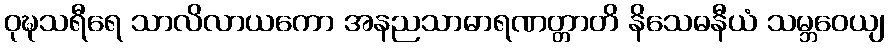
ဝုဍ္ဎသရီရေ သာလိလာယကော အနညသာဓာရဏတ္တာတိ နိသေဓနီယံ သမ္ဘဝေယျ